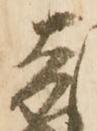
吉